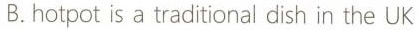
B.hotpot is a traditional dish in the UK